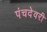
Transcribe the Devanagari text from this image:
पंचदेवरी